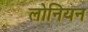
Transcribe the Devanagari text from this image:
लोनियन